Civil Veterinary Dept. North-West Frontier Province 1923-32 - 1923-1932
Year: 1923
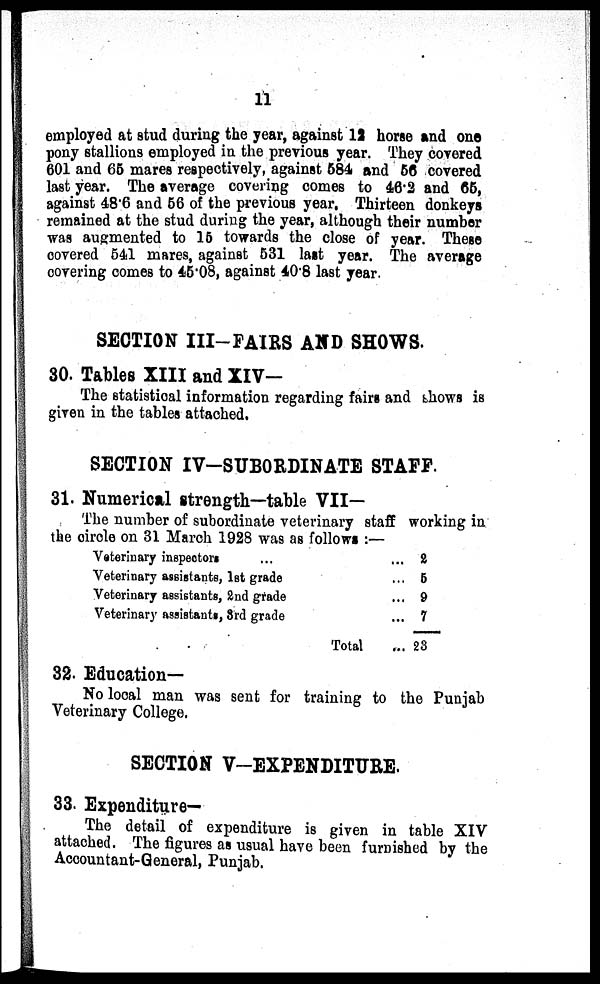
11
employed at stud during the year, against 12 horse and one
pony stallions employed in the previous year. They covered
601 and 65 mares respectively, against 584 and 56 covered
last year. The average covering comes to 46.2 and 65,
against 48.6 and 56 of the previous year. Thirteen donkeys
remained at the stud during the year, although their number
was augmented to 15 towards the close of year. These
covered 541 mares, against 531 last year. The average
covering comes to 45.08, against 40.8 last year.
SECTION III-FAIRS AND SHOWS.
30. Tables XIII and XIV—
The statistical information regarding fairs and shows is
given in the tables attached.
SECTION IV-SUBORDINATE STAFF.
31. Numerical strength—table VII—
The number of subordinate veterinary staff working in
the circle on 31 March 1928 was as follows :—
Veterinary inspectors ...
Veterinary assistants, 1st grade
Veterinary assistants, 2nd grade
Veterinary assistants, 3rd grade
Total
... 2
... 5
... 9
... 7
... 23
32. Education—
No local man was sent for training to the Punjab
Veterinary College.
SECTION V—EXPENDITURE.
33. Expenditure—
The detail of expenditure is given in table XIV
attached. The figures as usual have been furnished by the
Accountant-General, Punjab.